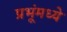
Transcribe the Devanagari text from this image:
प्रभूंमध्ये